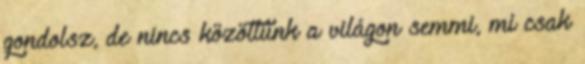
gondolsz, de nincs közöttünk a világon semmi, mi csak